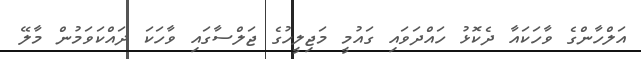
އަލްހާންގެ ވާހަކައާ ދެކޮޅު ހައްދަވައި ގައުމީ މަޖިލީހުގެ ޖަލްސާގައި ވާހަކަ ދައްކަވަމުން މާލޭ